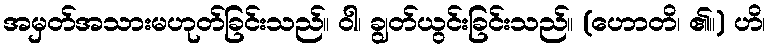
အမှတ်အသားမဟုတ်ခြင်းသည်။ ဝါ၊ ချွတ်ယွင်းခြင်းသည်။ (ဟောတိ၊ ၏။) ဟိ၊